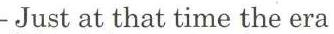
- Just at that time the era